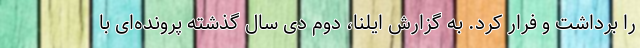
را برداشت و فرار کرد. به گزارش ایلنا، دوم دی سال گذشته پرونده‌ای با